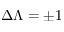
\Delta \Lambda = \pm 1